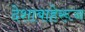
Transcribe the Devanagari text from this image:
देशाबाहेरून